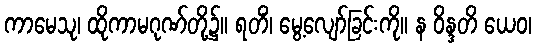
ကာမေသု၊ ထိုကာမဂုဏ်တို့၌။ ရတိံ၊ မွေ့လျော်ခြင်းကို။ န ဝိန္ဒတိ ယေဝ၊